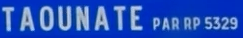
TAOUNATE PAR RP 532